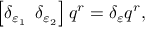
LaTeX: \left[ \delta _ { \varepsilon _ { 1 } } \, \ \delta _ { \varepsilon _ { 2 } } \right] q ^ { r } = \delta _ { \varepsilon } q ^ { r } ,